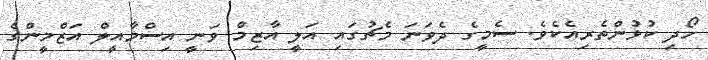
ހޯދި ކުޅުންތެރިއެކެވެ. ސެމީގެ ދެވަނަ މެޗުގައި އަލީ އާޒިމް ވަނީ އިސްމާއީލް އަޒްމީންގެ